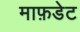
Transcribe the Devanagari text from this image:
माफ़डेट